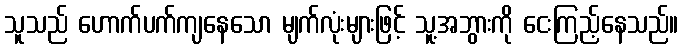
သူသည် ဟောက်ပက်ကျနေသော မျက်လုံးများဖြင့် သူ့အဘွားကို ငေးကြည့်နေသည်။